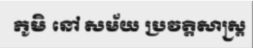
ភូមិ នៅ សម័យ ប្រវត្តិសាស្ត្រ